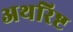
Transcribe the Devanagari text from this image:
अथरिष्ट